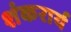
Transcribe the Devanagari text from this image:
शंकरार्य